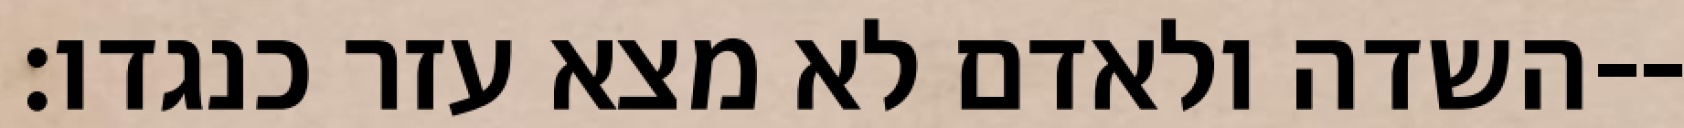
השדה ולאדם לא מצא עזר כנגדו׃--